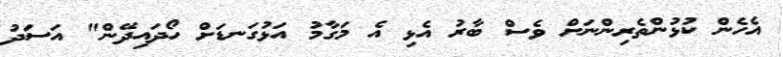
އެހެން ކުޅުންތެރިންނަށް ވެސް ބާރު އެޅި އެ މަގާމު އަޅުގަނޑަށް ހޯދައިދޭން" އަސަދު